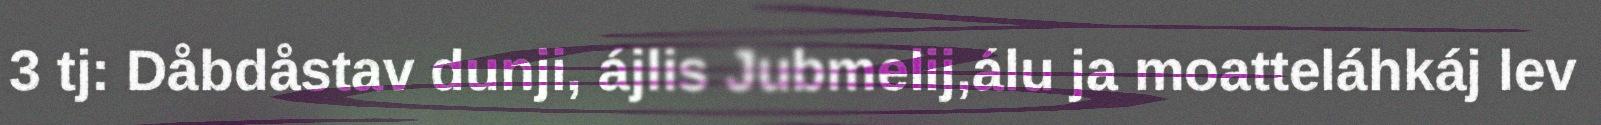
3 tj: Dåbdåstav dunji, ájlis Jubmelij,álu ja moatteláhkáj lev